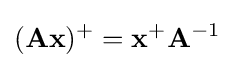
(\mathbf {Ax} )^{+}=\mathbf {x} ^{+}\mathbf {A} ^{-1}